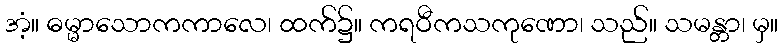
အံ့။ ဓမ္မာသောကကာလေ၊ ထက်၌။ ကရဝီကသကုဏော၊ သည်။ သမန္တာ၊ မှ။